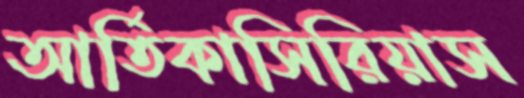
আর্তিকাসিরিয়াস